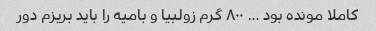
کاملا مونده بود … ۸۰۰ گرم زولبیا و بامیه را باید بریزم دور